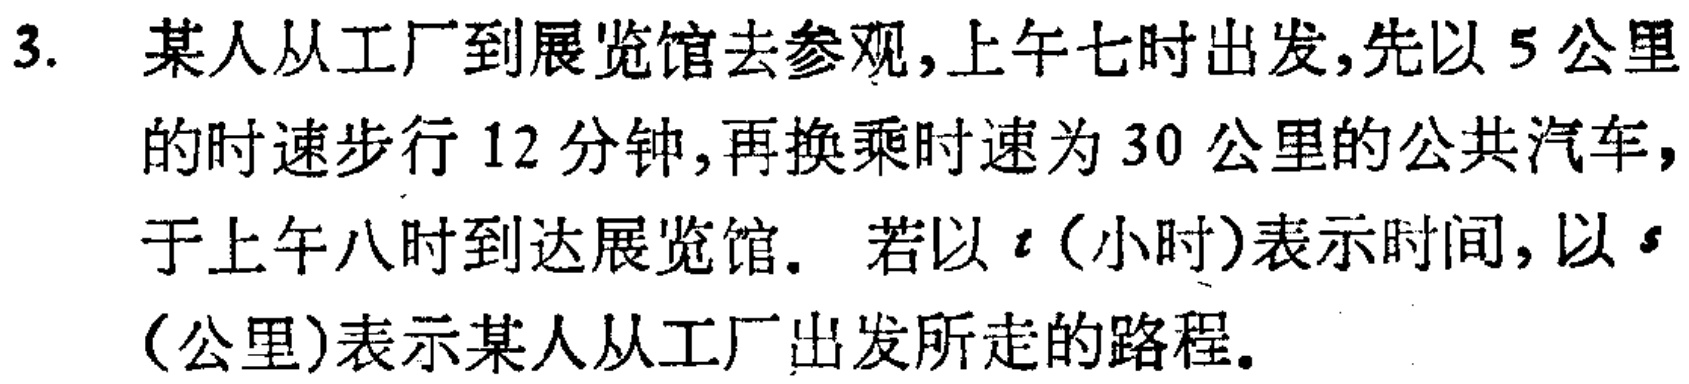
3. 某人从工厂到展览馆去参观,上午七时出发,先以 5 公里的时速步行 12 分钟,再换乘时速为 30 公里的公共汽车,于上午八时到达展览馆. 若以 \(t\)（小时）表示时间, 以 \(s\)（公里）表示某人从工厂出发所走的路程.